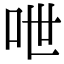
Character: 呭